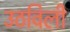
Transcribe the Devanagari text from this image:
उठविली